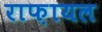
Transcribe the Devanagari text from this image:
राफ़ायल